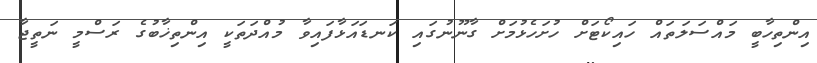
އިންތިހާބީ މައްސަލަތައް ހައިކޯޓަށް ހުށަހެޅުމަށް ގާނޫނުގައި ކަނޑައަޅާފައިވާ މުއްދަތަކީ އިންތިޚާބުގެ ރަސްމީ ނަތީޖާ